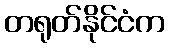
တရုတ်နိုင်ငံက